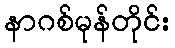
နာဂစ်မုန်တိုင်း